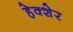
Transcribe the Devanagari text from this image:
हेक्शेर